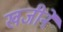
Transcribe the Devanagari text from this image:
खजीने